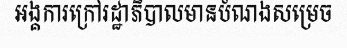
អង្គការក្រៅរដ្ឋាភិបាលមានបំណងសម្រេច